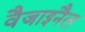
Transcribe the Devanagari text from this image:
वैजाइनैल